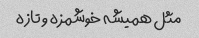
مثل همیشه خوشمزه و تازه